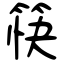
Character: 筷